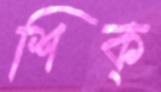
শিক্